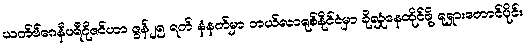
ယက်ဗ်ဂေနီပရီဂိုဇင်ဟာ ဇွန်၂၅ ရက် နံနက်မှာ ဘယ်လာရုစ်နိုင်ငံမှာ ခိုလှုံနေထိုင်ဖို့ ရုရှားတောင်ပိုင်း